Insane asylums in Bengal annual reports 1876-1887 - 1876-1887
Year: 1876
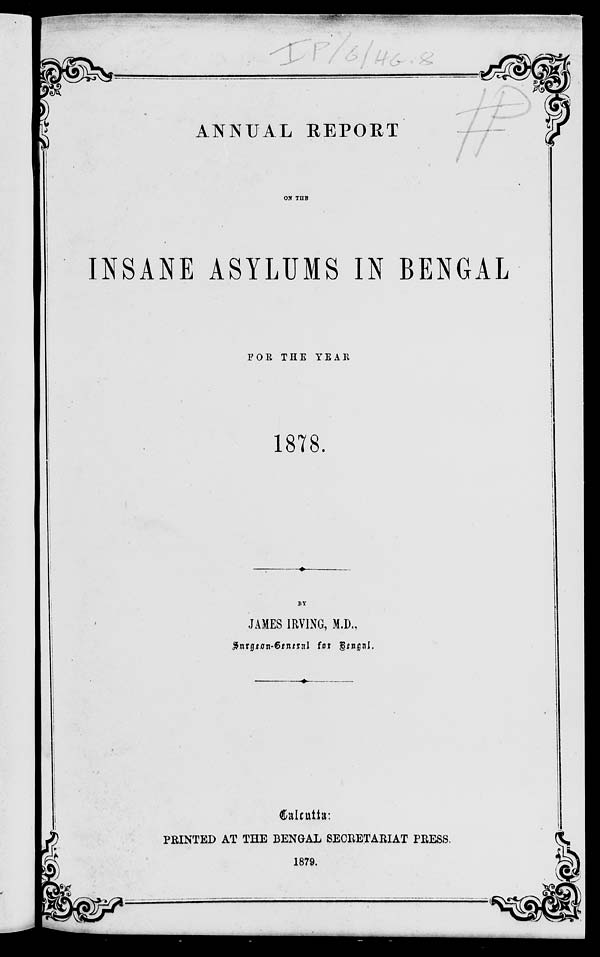
ANNUAL REPORT
ON THE
INSANE ASYLUMS IN BENGAL
FOR THE YEAR
1878.
BY
JAMES IRVING, M.D.,
Surgeon-General for Bengal.
Calcutta:
PRINTED AT THE BENGAL SECRETARIAT PRESS.
1879.